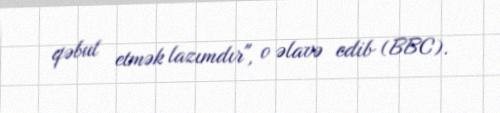
qəbul etmək lazımdır", o əlavə edib (BBC).